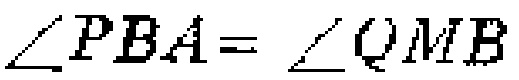
\(\angle PBA = \angle QMB\)